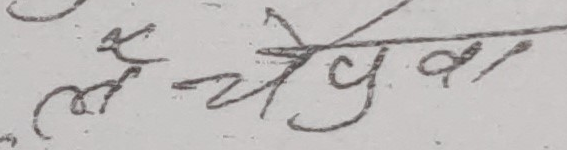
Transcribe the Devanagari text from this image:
लेचेवा